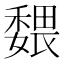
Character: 𡣉